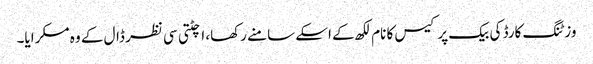
وزٹنگ کارڈ کی بیک پر کیس کا نام لکھ کے اسکے سامنے رکھا، اچٹتی سی نظر ڈال کے وہ مسکرایا۔